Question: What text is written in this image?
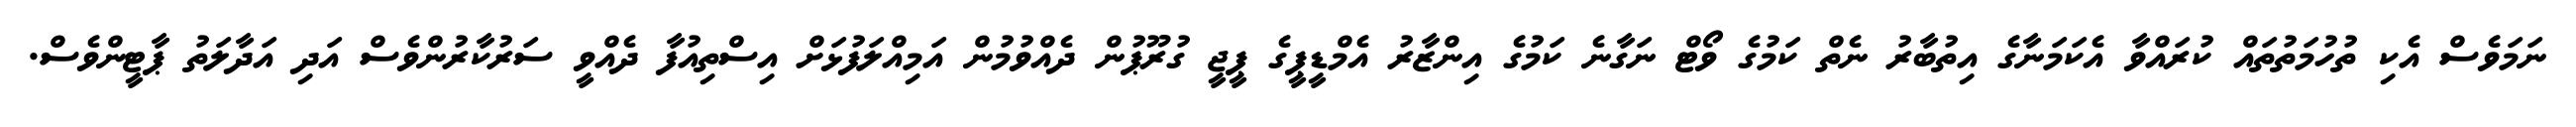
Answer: ނަމަވެސް އެކި ތުހުމަތުތައް ކުރައްވާ އެކަމަނާގެ އިތުބާރު ނެތް ކަމުގެ ވޯޓް ނަގާނެ ކަމުގެ އިންޒާރު އެމްޑީޕީގެ ޕީޖީ ގުރޫޕުން ދެއްވުމުން އަމިއްލަފުޅަށް އިސްތިއުފާ ދެއްވީ ސަރުކާރުންވެސް އަދި އަދާލަތު ޕާޓީންވެސް.